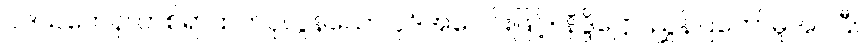
ပဒသတေန၊ တစ်ရာထက်ပိုလွန်သော ပုဒ်အပေါင်းဖြင့်။ နိဒ္ဒိဋ္ဌော၊ ညွှန်ပြတော်မူအပ်ပြီ။